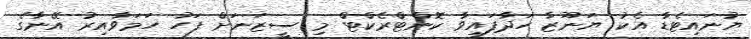
ޔުނައިޓެޑާ އެކު ޔަނޫޒާ ހަދާފައިވާ ކޮންޓްރެކްޓް މި ސީޒަނަށް ފަހު ހަމަވާއިރު އޭނާގެ